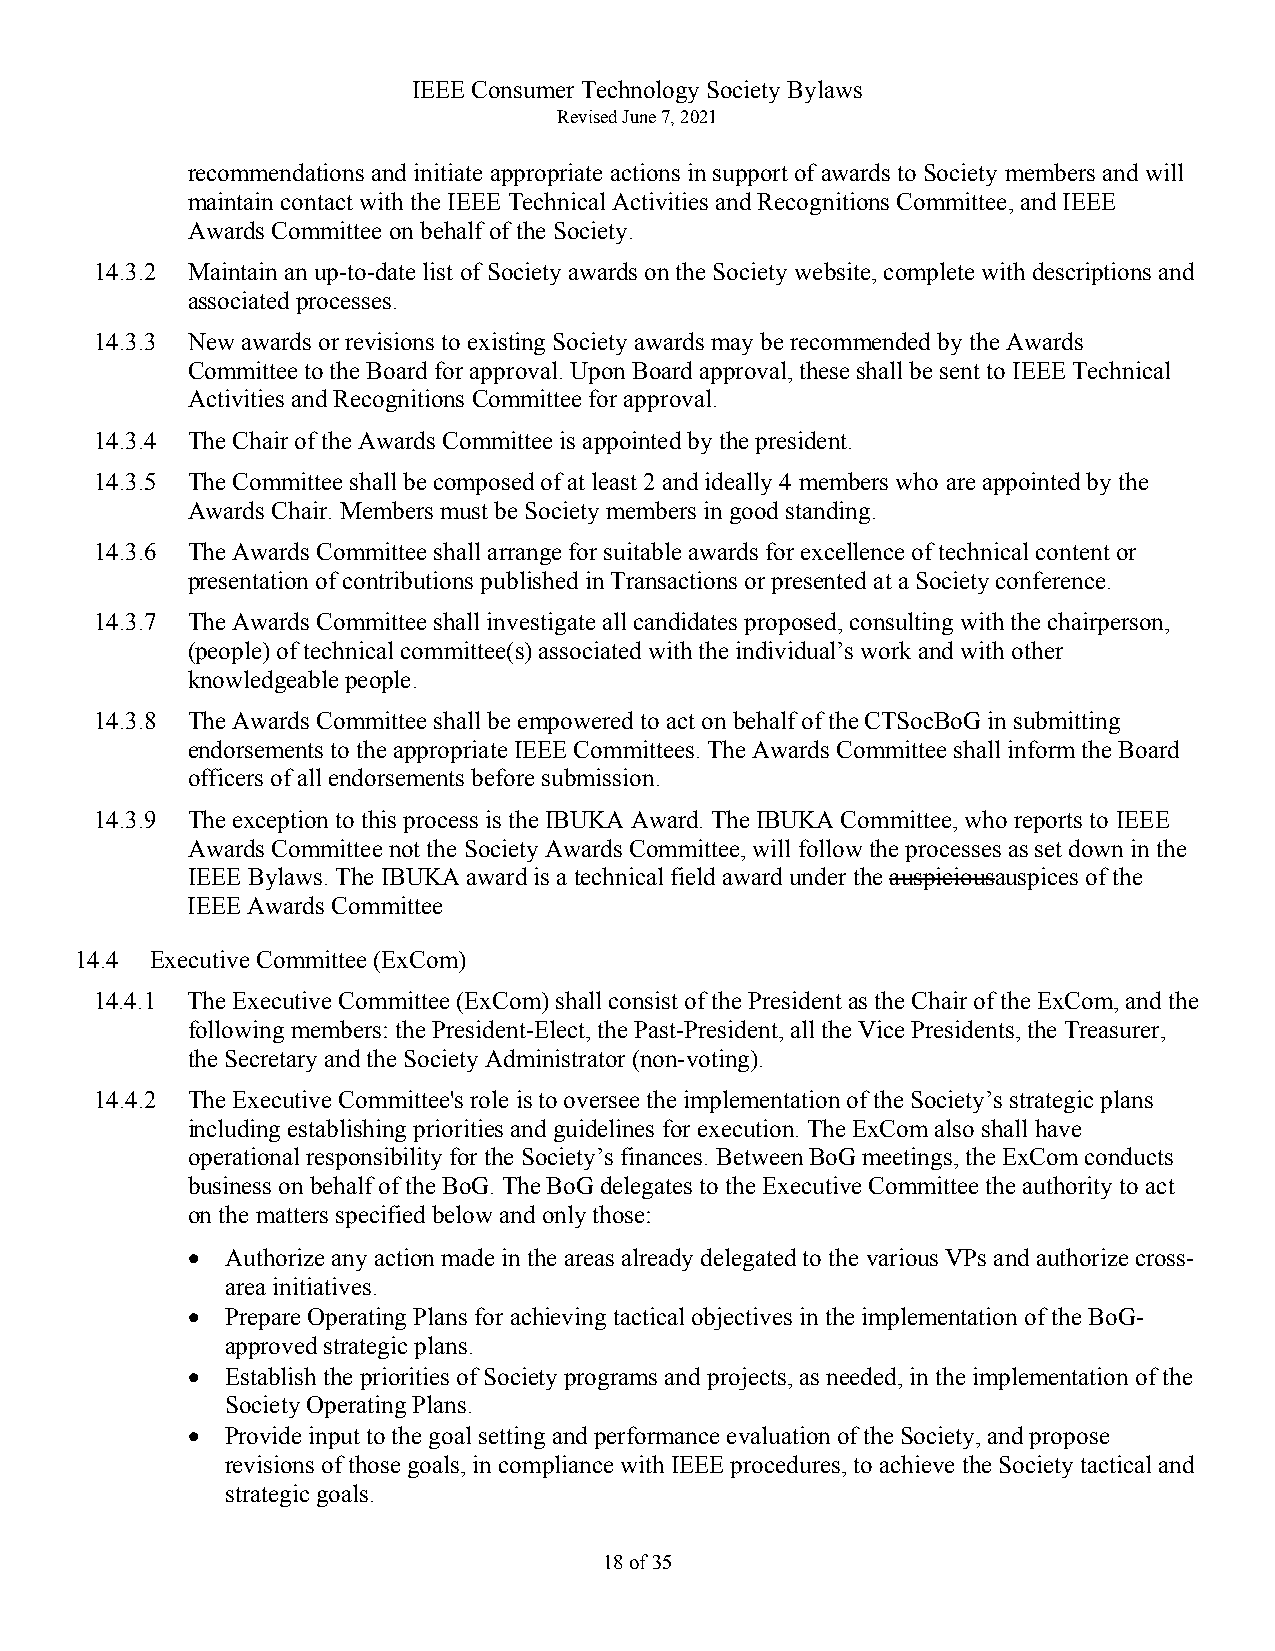
IEEE Consumer Technology Society Bylaws
 Revised June 7, 2021
 recommendations and initiate appropriate actions in support of awards to Society members and will
 maintain contact with the IEEE Technical Activities and Recognitions Committee, and IEEE
 Awards Committee on behalf of the Society.
 14.3.2 Maintain an up-to-date list of Society awards on the Society website, complete with descriptions and
 associated processes.
 14.3.3 New awards or revisions to existing Society awards may be recommended by the Awards
 Committee to the Board for approval. Upon Board approval, these shall be sent to IEEE Technical
 Activities and Recognitions Committee for approval.
 14.3.4 The Chair of the Awards Committee is appointed by the president.
 14.3.5 The Committee shall be composed of at least 2 and ideally 4 members who are appointed by the
 Awards Chair. Members must be Society members in good standing.
 14.3.6 The Awards Committee shall arrange for suitable awards for excellence of technical content or
 presentation of contributions published in Transactions or presented at a Society conference.
 14.3.7 The Awards Committee shall investigate all candidates proposed, consulting with the chairperson,
 (people) of technical committee(s) associated with the individual’s work and with other
 knowledgeable people.
 14.3.8 The Awards Committee shall be empowered to act on behalf of the CTSocBoG in submitting
 endorsements to the appropriate IEEE Committees. The Awards Committee shall inform the Board
 officers of all endorsements before submission.
 14.3.9 The exception to this process is the IBUKA Award. The IBUKA Committee, who reports to IEEE
 Awards Committee not the Society Awards Committee, will follow the processes as set down in the
 IEEE Bylaws. The IBUKA award is a technical field award under the auspiciousauspices of the
 IEEE Awards Committee
 14.4 Executive Committee (ExCom)
 14.4.1 The Executive Committee (ExCom) shall consist of the President as the Chair of the ExCom, and the
 following members: the President-Elect, the Past-President, all the Vice Presidents, the Treasurer,
 the Secretary and the Society Administrator (non-voting).
 14.4.2 The Executive Committee's role is to oversee the implementation of the Society’s strategic plans
 including establishing priorities and guidelines for execution. The ExCom also shall have
 operational responsibility for the Society’s finances. Between BoG meetings, the ExCom conducts
 business on behalf of the BoG. The BoG delegates to the Executive Committee the authority to act
 on the matters specified below and only those:
 •  Authorize any action made in the areas already delegated to the various VPs and authorize cross-
 area initiatives.
 •  Prepare Operating Plans for achieving tactical objectives in the implementation of the BoG-
 approved strategic plans.
 •  Establish the priorities of Society programs and projects, as needed, in the implementation of the
 Society Operating Plans.
 •  Provide input to the goal setting and performance evaluation of the Society, and propose
 revisions of those goals, in compliance with IEEE procedures, to achieve the Society tactical and
 strategic goals.
 18 of 35